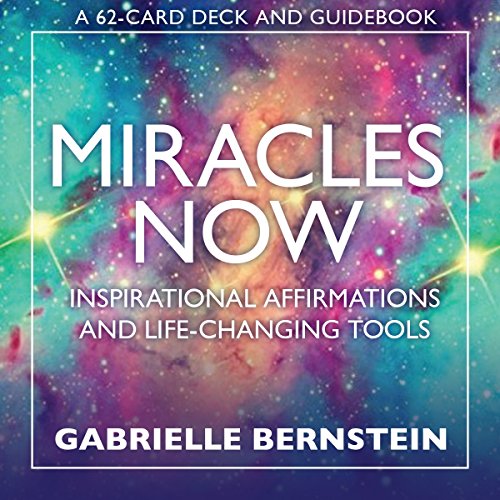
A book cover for Miracles Now: Inspirational Affirmations and Life-Changing Tools; Gabrielle Bernstein; Self-Help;